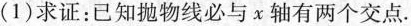
(1)求证：已知抛物线必与x轴有两个交点.